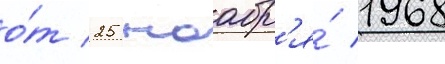
о́т 25 ноабр'я́ 1968